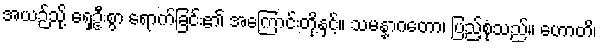
အယဉ်သို့ ရှေဦးစွာ ရောက်ခြင်း၏ အကြောင်းတို့နှင့်။ သမန္နာဂတော၊ ပြည့်စုံသည်။ ဟောတိ၊